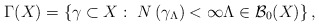
\begin{align*}\Gamma (X)=\left\{ \gamma \subset X:\ N\left( \gamma _{\Lambda }\right)<\infty \Lambda \in \mathcal{B}_{0}(X)\right\} ,\end{align*}